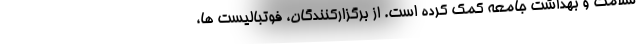
سلامت و بهداشت جامعه کمک کرده است. از برگزارکنندگان، فوتبالیست ها،